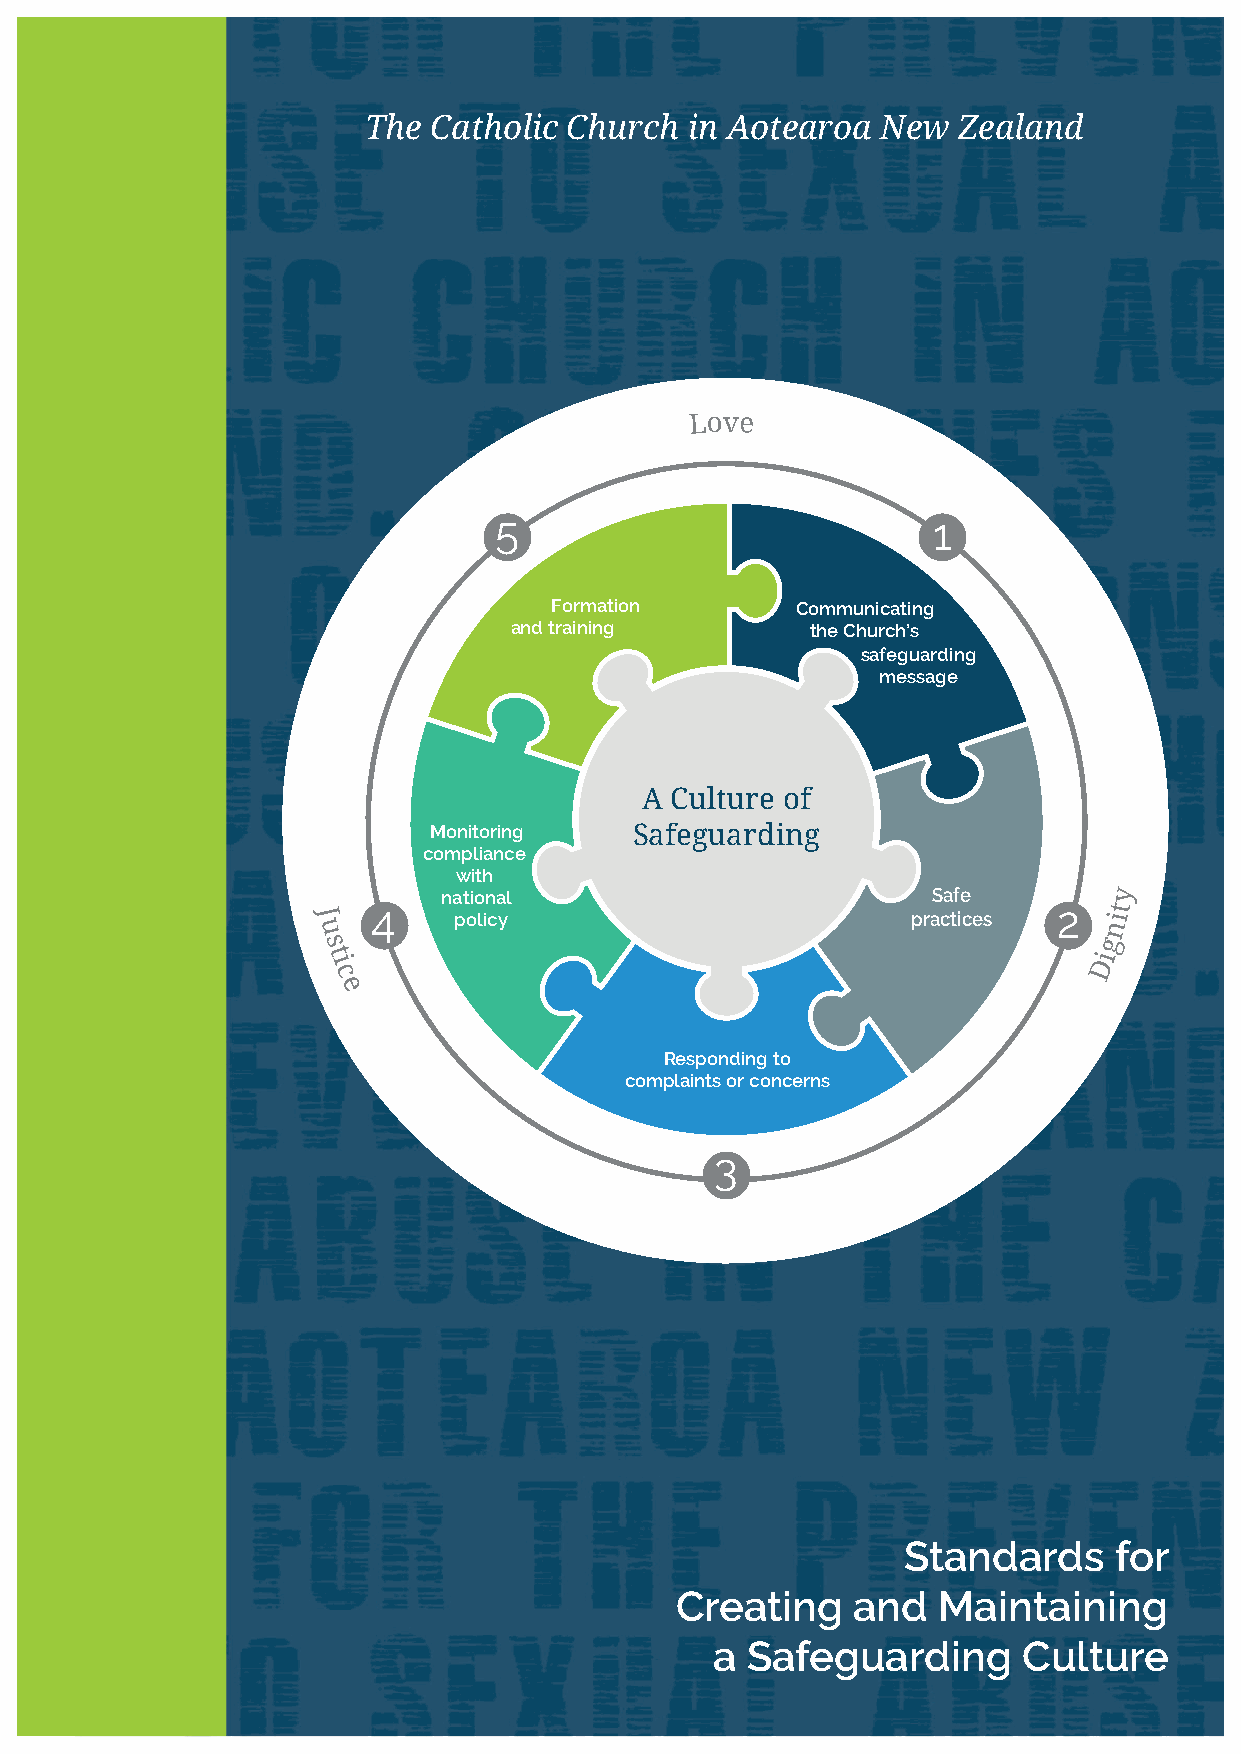
The Catholic  Church  in Aotearoa New  Zealand
 Love
 5                            1
 Formation        Communicating
 and training        the Church’s
 safeguarding
 message
 A Culture of
 Monitoring    Safeguarding
 compliance
 with
 national                         Safe        y
 J
 4
 policy                        practices
 2  it
 u                                                   n
 s                                                   g
 t
 i
 Di
 c
 e
 Responding to
 complaints or concerns
 3
 Standards     for
 Creating    and  Maintaining
 a Safeguarding       Culture